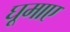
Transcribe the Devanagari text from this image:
घूमाए